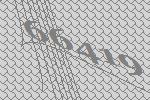
66419